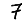
Digit: 7